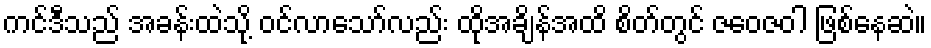
ကင်ဒီသည် အခန်းထဲသို့ ဝင်လာသော်လည်း ထိုအချိန်အထိ စိတ်တွင် ဇဝေဇဝါ ဖြစ်နေဆဲ။